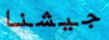
جيشنا